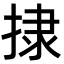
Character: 捸